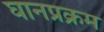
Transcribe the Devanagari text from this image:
घानप्रक्रम